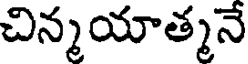
చిన్మయాత్మనే